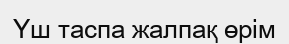
Үш таспа жалпақ өрім